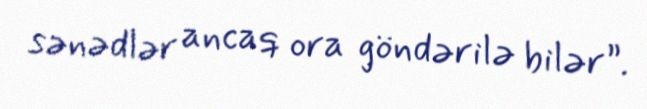
sənədlər ancaq ora göndərilə bilər”.